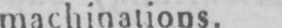
machinations.